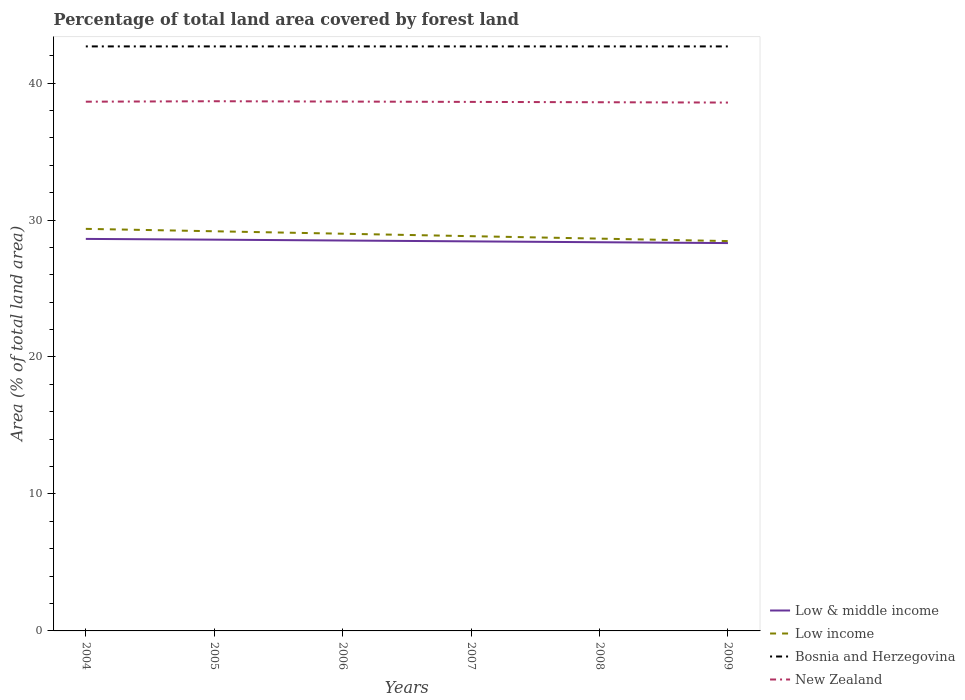
| Years | Low & middle income | Low income | Bosnia and Herzegovina | New Zealand |
 | --- | --- | --- | --- | --- |
 | 2004 | 28.6 | 29.4 | 42.7 | 38.6 |
 | 2005 | 28.6 | 29.2 | 42.7 | 38.7 |
 | 2006 | 28.5 | 29 | 42.7 | 38.6 |
 | 2007 | 28.4 | 28.8 | 42.7 | 38.6 |
 | 2008 | 28.4 | 28.6 | 42.7 | 38.6 |
 | 2009 | 28.3 | 28.5 | 42.7 | 38.6 |